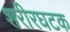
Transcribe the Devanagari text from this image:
शरीरघटक